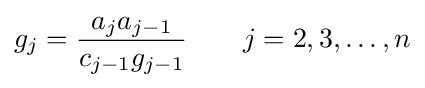
g_{j}={\frac {a_{j}a_{j-1}}{c_{j-1}g_{j-1}}}\qquad j=2,3,\ldots ,n